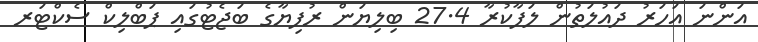
އަންނަ އަހަރު ދައުލަތުން ލަފާކުރާ 27.4 ބިލިޔަން ރުފިޔާގެ ބަޖެޓުގައި ޕަބްލިކް ސެކްޓަރ